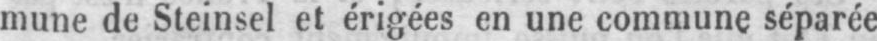
mune de Steinsel et érigées en une commune séparée